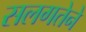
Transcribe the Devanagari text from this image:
सलगतेने